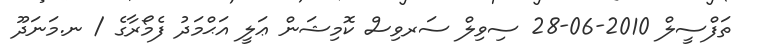
ތަފްސީލް 2010-06-28 ސިވިލް ސަރވިސް ކޮމިޝަން ޢަލީ އަޙްމަދު ފެމޯރާގެ / ނ.މަނަދޫ